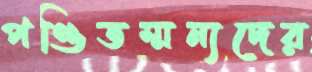
পণ্ডিতম্মন্যদের